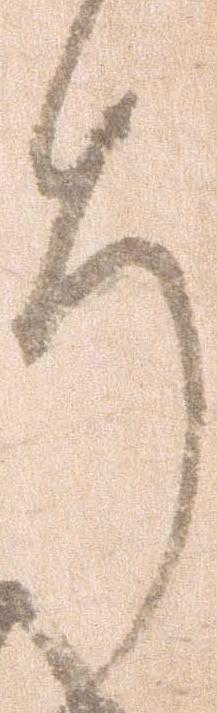
ち